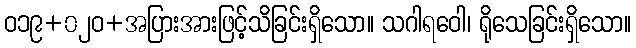
ဝ၁၉+၀၂ဝ+အပြားအားဖြင့်သိခြင်းရှိသော။ သဂါရဝေါ၊ ရိုသေခြင်းရှိသော။